Regulations for the medical services of the Army of India
Year: 1930
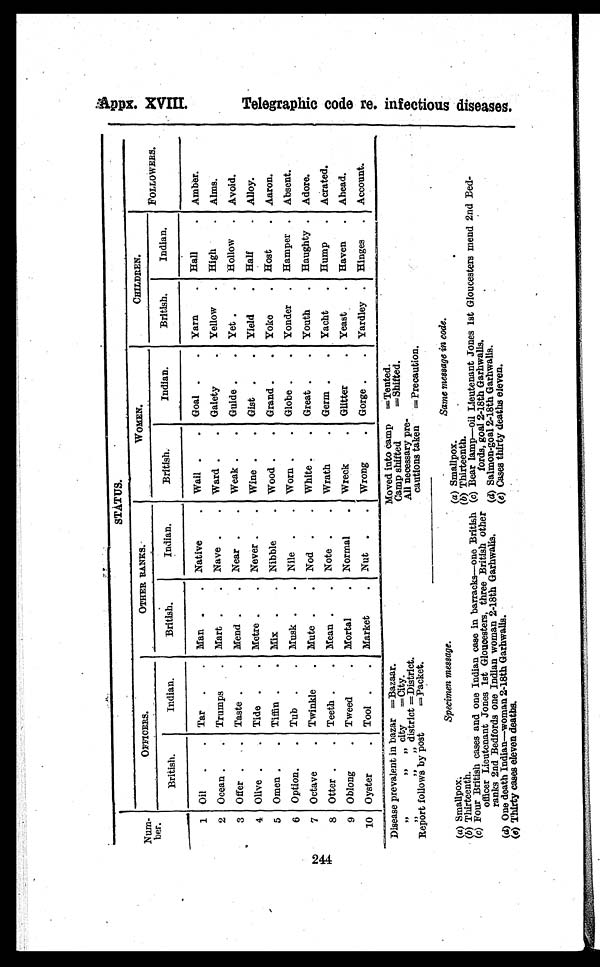
Num-
ber.
STATUS.
OFFICERS.
OTHER RANKS.
WOMEN.
CHILDREN.
FOLLOWERS.
British.
Indian.
British.
Indian.
British.
Indian.
British.
Indian.
1 Oil .
. Tar .
. Man .
. Native
. Wail .
. Goal .
. Yarn
. Hall
. Amber.
2 Ocean .
. Trumps
. Mart .
. Nave .
. Ward .
. Gaiety
. Yellow . High
. Aims.
3 Offer .
Taste .
. Mend .
. Near .
. Weak .
. Guide .
. Yet .
. Hollow . Avoid.
4 Olive .
Tide .
. Metre .
. Never .
. Wine .
. Gist .
. Yield
. Half
. Alloy.
5 Omen . .
Tiffin .
. Mix .
. Nibble
. Wood .
. Grand .
. Yoke
. Host
. Aaron.
6 Option.
. Tub .
. Musk .
. Nile .
. Worn .
. Globe .
. Yonder . Hamper . Absent.
7 Octave
. Twinkle . Mute .
. Nod .
. White .
. Great .
. Youth . Haughty . Adore.
8 Otter .
. Teeth .
. Mean .
. Note .
. Wrath
. Germ .
. Yacht . Hump . Acrated.
9 Oblong
. Tweed
. Mortal
. Normal
. Wreck
. Glitter
. Yeast
. Haven . Ahead.
10 Oyster
. Tool .
. Market
. Nut .
. Wrong
. Gorge .
. Yardley . Hinges . Account.
Disease prevalent in bazar ‗
Bazaar.
,,
,, „ city
‗ City.
„
,, „ district ‗ District.
Report follows by post
‗ Packet.
Specimen message.
Same message in code.
(a) Smallpox.
(a) Smallpox.
(b) Thirteenth.
(b) Thirteenth.
(c) Four British cases and one Indian case in barracks—one British
officer Lieutenant Jones 1st Gloucesters, three British other
ranks 2nd Bedfords one Indian woman 2-18th Garhwalis.
(c) Bear lamp—oil Lieutenant Jones 1st Gloucesters mend 2nd Bed
fords, goal 2-18th Garhwalis.
(d) One death Indian—woman 2-18th Garhwalis.
(d) Salmon-goal 2-18th Garhwalis.
(e) Thirty cases eleven deaths.
(e) Cases thirty deaths eleven.
Moved into camp ‗ Tented.
Camp shifted
‗ Shifted.
All necessary pre
cautions taken ‗ Precaution.
T e l e g r a p h i c c o d e r e . i n f e c t i o u s d i s e a s e s .